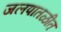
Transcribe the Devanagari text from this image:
जलपातळीत